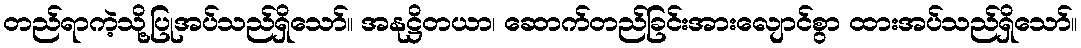
တည်ရာကဲ့သို့ပြုအပ်သည်ရှိသော်။ အနုဋ္ဌိတယာ၊ ဆောက်တည်ခြင်းအားလျောင်စွာ ထားအပ်သည်ရှိသော်။